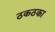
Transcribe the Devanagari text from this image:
ठकठका